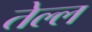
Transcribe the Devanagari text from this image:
तेल्ल